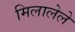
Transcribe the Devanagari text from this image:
मिलालेले